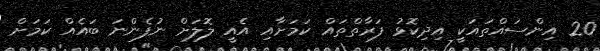
20 އިންސައްތައަކީ އިދިކޮޅު ފަރާތްތައް ކަމަށާއި އެއީ ލޮލަށް ނުފެންނަ ބައެއް ކަމަށް